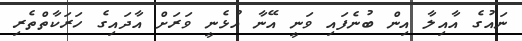
ނައުގެ އާއިލާ އިން ބުނެފައި ވަނީ އޭނާ އުޅެނީ ވަރަށް އާދައިގެ ހަރަކާތްތެރި